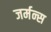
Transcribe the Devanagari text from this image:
जर्मन्स